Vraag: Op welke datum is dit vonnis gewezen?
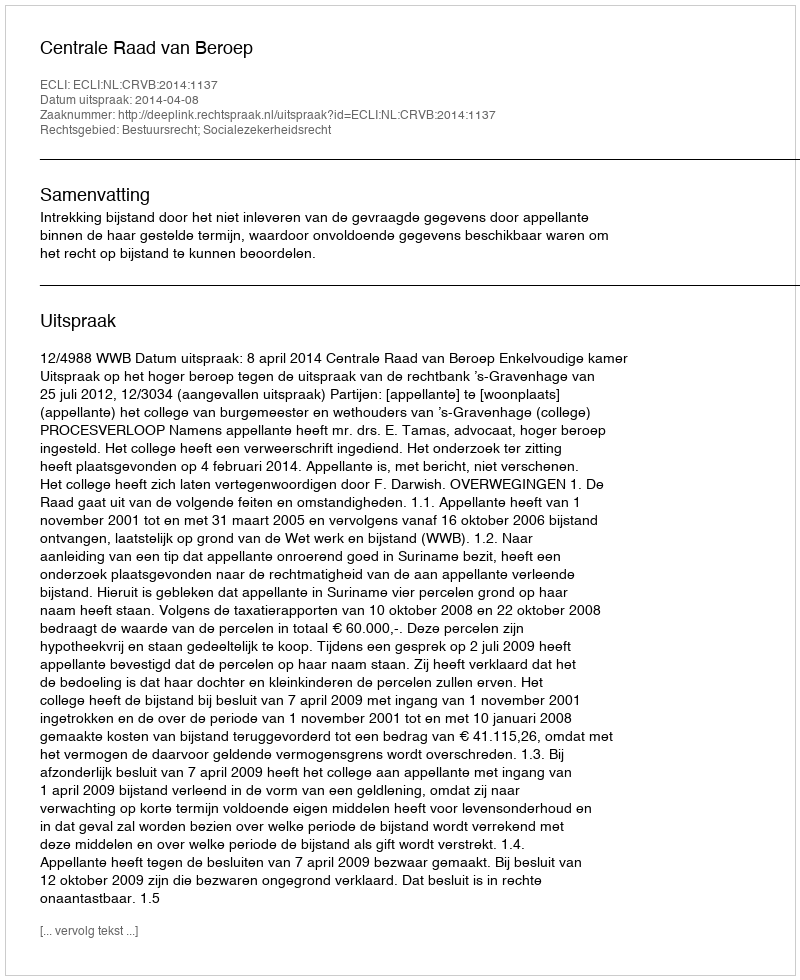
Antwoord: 2014-04-08